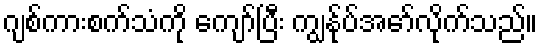
ဂျစ်ကားစက်သံကို ကျော်ပြီး ကျွန်ုပ်အော်လိုက်သည်။